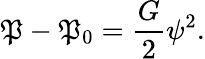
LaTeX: \mathfrak{P}-\mathfrak{P}_{0}=\frac{{G}}{{2}}\psi^{2}.